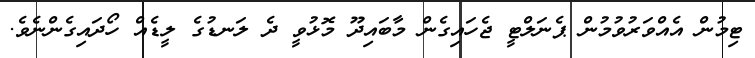
ޓިމުން އެއްވަރުވުމުން ޕެނަލްޓީ ޖެހައިގެން މާބައިދޫ މޮޅުވީ ދެ ލަނޑުގެ ލީޑެއް ހޯދައިގެންނެވެ.